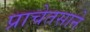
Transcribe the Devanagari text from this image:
प्राचेतसाने